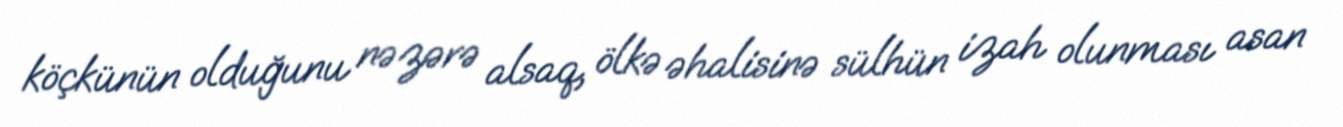
köçkünün olduğunu nəzərə alsaq, ölkə əhalisinə sülhün izah olunması asan